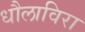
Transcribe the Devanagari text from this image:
धौलाविरा